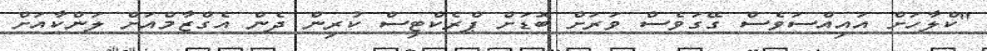
"ކްލާހަށް އައިއްސަވެސް ގޭގަވެސް ވަރަށް ބޮޑަށް ޕްރެކްޓިސް ކުރިން ދެން އެގްޒާމްއަށް ލަންކާއަށް